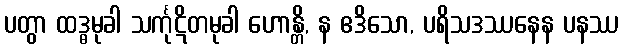
ပတွာ ထဒ္ဓမုခါ သင်္ကုဋိတမုခါ ဟောန္တိ, န ဧဒိသော, ပရိသဒဿနေန ပနဿ